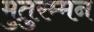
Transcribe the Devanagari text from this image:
मुतुरम्मन